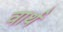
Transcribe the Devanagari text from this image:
वार्थ